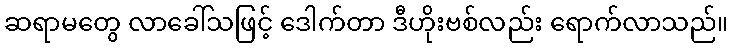
ဆရာမတွေ လာခေါ်သဖြင့် ဒေါက်တာ ဒီဟိုးဗစ်လည်း ရောက်လာသည်။